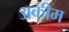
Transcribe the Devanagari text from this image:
अकीम